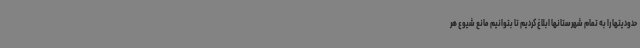
حدودیتها را به تمام شهرستانها ابلاغ کردیم تا بتوانیم مانع شیوع هر